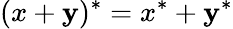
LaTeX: (x+\mathbf{y})^{*}=x^{*}+\mathbf{y}^{*}